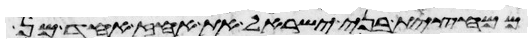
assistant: ממחצית בני ישראל את האחז אחד מן